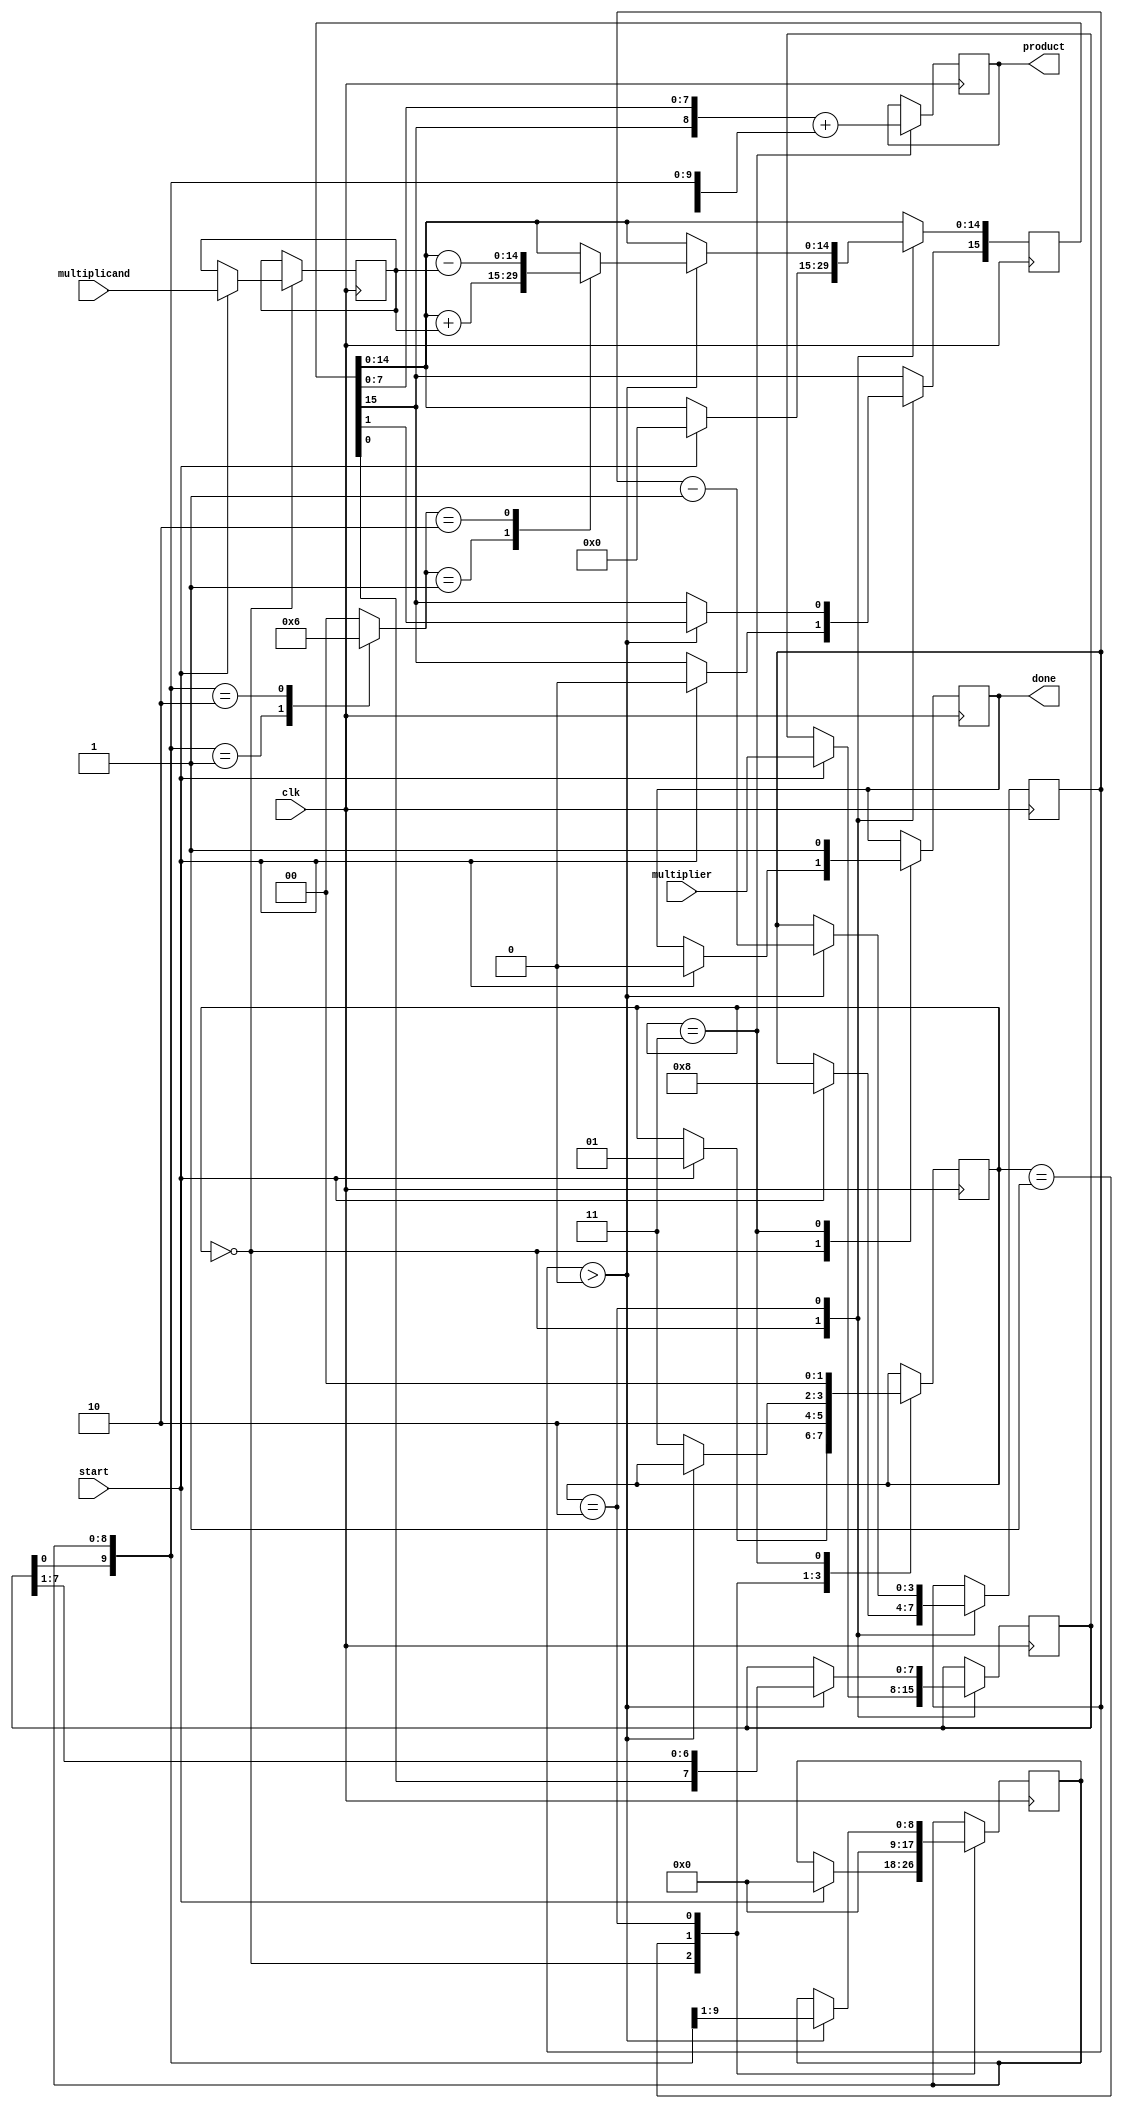
module modified_booth_multiplier #(parameter N = 8) (
    input wire clk,
    input wire start,
    input wire signed [N-1:0] multiplicand,
    input wire signed [N-1:0] multiplier,
    output reg signed [2*N-1:0] product,
    output reg done
);

    reg [N-1:0] M; // Multiplicand
    reg [N-1:0] Q; // Multiplier
    reg [N:0] Q_1; // Previous bit of multiplier (1 extra bit for sign extension)
    reg [2*N-1:0] A; // Accumulator
    reg [3:0] counter; // Count for the number of bits processed
    reg [1:0] state; // State for FSM
    reg [1:0] control; // Control signal for Booth encoding

    // State definitions
    localparam IDLE = 2'b00,
               LOAD = 2'b01,
               PROCESS = 2'b10,
               DONE = 2'b11;

    // Control signals for Booth encoding
    always @(Q, Q_1) begin
        case ({Q[0], Q_1}) // Current bit and previous bit
            2'b00: control = 2'b00; // No addition
            2'b01: control = 2'b01; // Add multiplicand
            2'b10: control = 2'b10; // Subtract multiplicand
            2'b11: control = 2'b00; // No addition, just shift
            default: control = 2'b00; // Default case
        endcase
    end

    // FSM for operation control
    always @(posedge clk) begin
        case (state)
            IDLE: begin
                if (start) begin
                    // Load inputs and initialize
                    M <= multiplicand;
                    Q <= multiplier;
                    A <= 0;
                    Q_1 <= 0;
                    counter <= N;
                    state <= LOAD;
                    done <= 0;
                end
            end
            
            LOAD: begin
                // Initialize the previous bit of Q
                Q_1 <= 0;
                state <= PROCESS;
            end
            
            PROCESS: begin
                if (counter > 0) begin
                    case (control)
                        2'b01: A <= A + M; // Add multiplicand
                        2'b10: A <= A - M; // Subtract multiplicand
                        default: ; // No operation
                    endcase
                    
                    // Arithmetic right shift
                    {A[2*N-1], Q, Q_1} <= {A[2*N-1], A, Q, Q_1} >> 1;
                    counter <= counter - 1;
                end else begin
                    state <= DONE;
                end
            end
            
            DONE: begin
                product <= {A[2*N-1], A[N-1:0]} + {Q, Q_1}; // Final product
                done <= 1;
                state <= IDLE; // Reset to IDLE for next operation
            end
        endcase
    end
endmodule